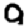
Digit: 9